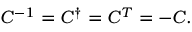
C ^ { - 1 } = C ^ { \dagger } = C ^ { T } = - C .